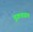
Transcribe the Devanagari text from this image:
तुक़ड्यात